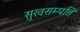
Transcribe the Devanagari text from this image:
सुखसम्पत्ति